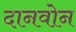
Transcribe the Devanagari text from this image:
दानवोन